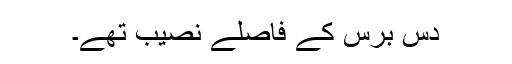
دس برس کے فاصلے نصیب تھے۔